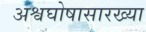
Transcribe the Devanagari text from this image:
अश्वघोषासारख्या